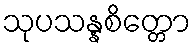
သုပသန္နစိတ္တော